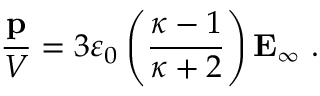
{ \frac { \mathbf { p } } { V } } = 3 \varepsilon _ { 0 } \left( { \frac { \kappa - 1 } { \kappa + 2 } } \right) \mathbf { E } _ { \infty } \ .